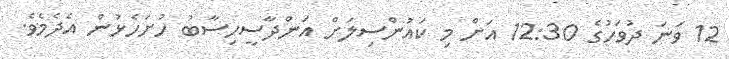
12 ވަނަ ދުވަހުގެ 12:30 އަށް މި ކައުންސިލަށް އަންދާސީހިސާބު ހުށަހެޅުން އެދެމެވެ.